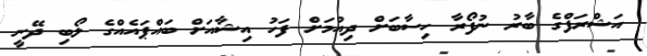
އަޝްރަފްގެ ބާރު ނުފޯރާ ހިސާބަށް ދިއުމަށް ފަހު އިޝާއަށް ބައްޕައެއްގެ ލޯބި ދޭނީ